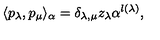
\langle p _ { \lambda } , p _ { \mu } \rangle _ { \alpha } = \delta _ { \lambda , \mu } z _ { \lambda } \alpha ^ { l ( \lambda ) } ,